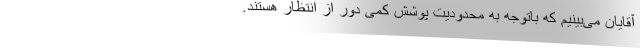
آقایان می‌بینیم که باتوجه به محدودیت پوشش کمی دور از انتظار هستند.